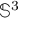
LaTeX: \mathbb { S } ^ { 3 }